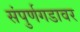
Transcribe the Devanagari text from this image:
संपुर्णगडावर